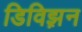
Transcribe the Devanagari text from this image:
डिविझ़न